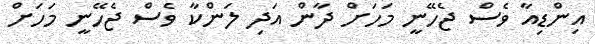
އިންޑިއާ ވެސް ޖެހޭނީ މަހަށް ދާން އަދި ލަންކާ ވެސް ޖެހޭނީ މަހަށް